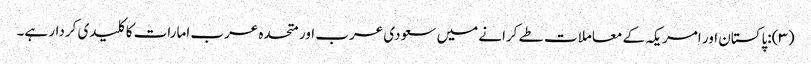
(۳):پاکستان اور امریکہ کے معاملات طے کرانے میں سعودی عرب اور متحدہ عرب امارات کا کلیدی کردار ہے۔